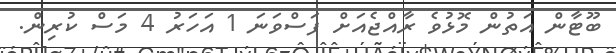
ބޫޓާން އަތުން މޮޅުވެ ރާއްޖެއަށް ފަސްވަނަ 1 އަހަރު 4 މަސް ކުރިން.